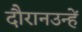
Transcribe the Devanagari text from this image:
दौरानउन्हें